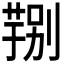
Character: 𮐆